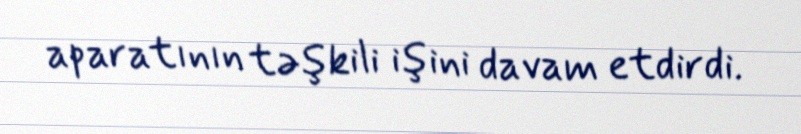
aparatının təşkili işini davam etdirdi.